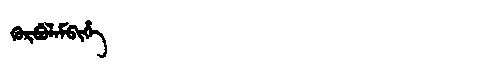
Manchu: ᡴᡠᡵᠪᡠᠯᠠᠮᠪᡳᡥᡝ
Romanization: KURBULAMBIHE